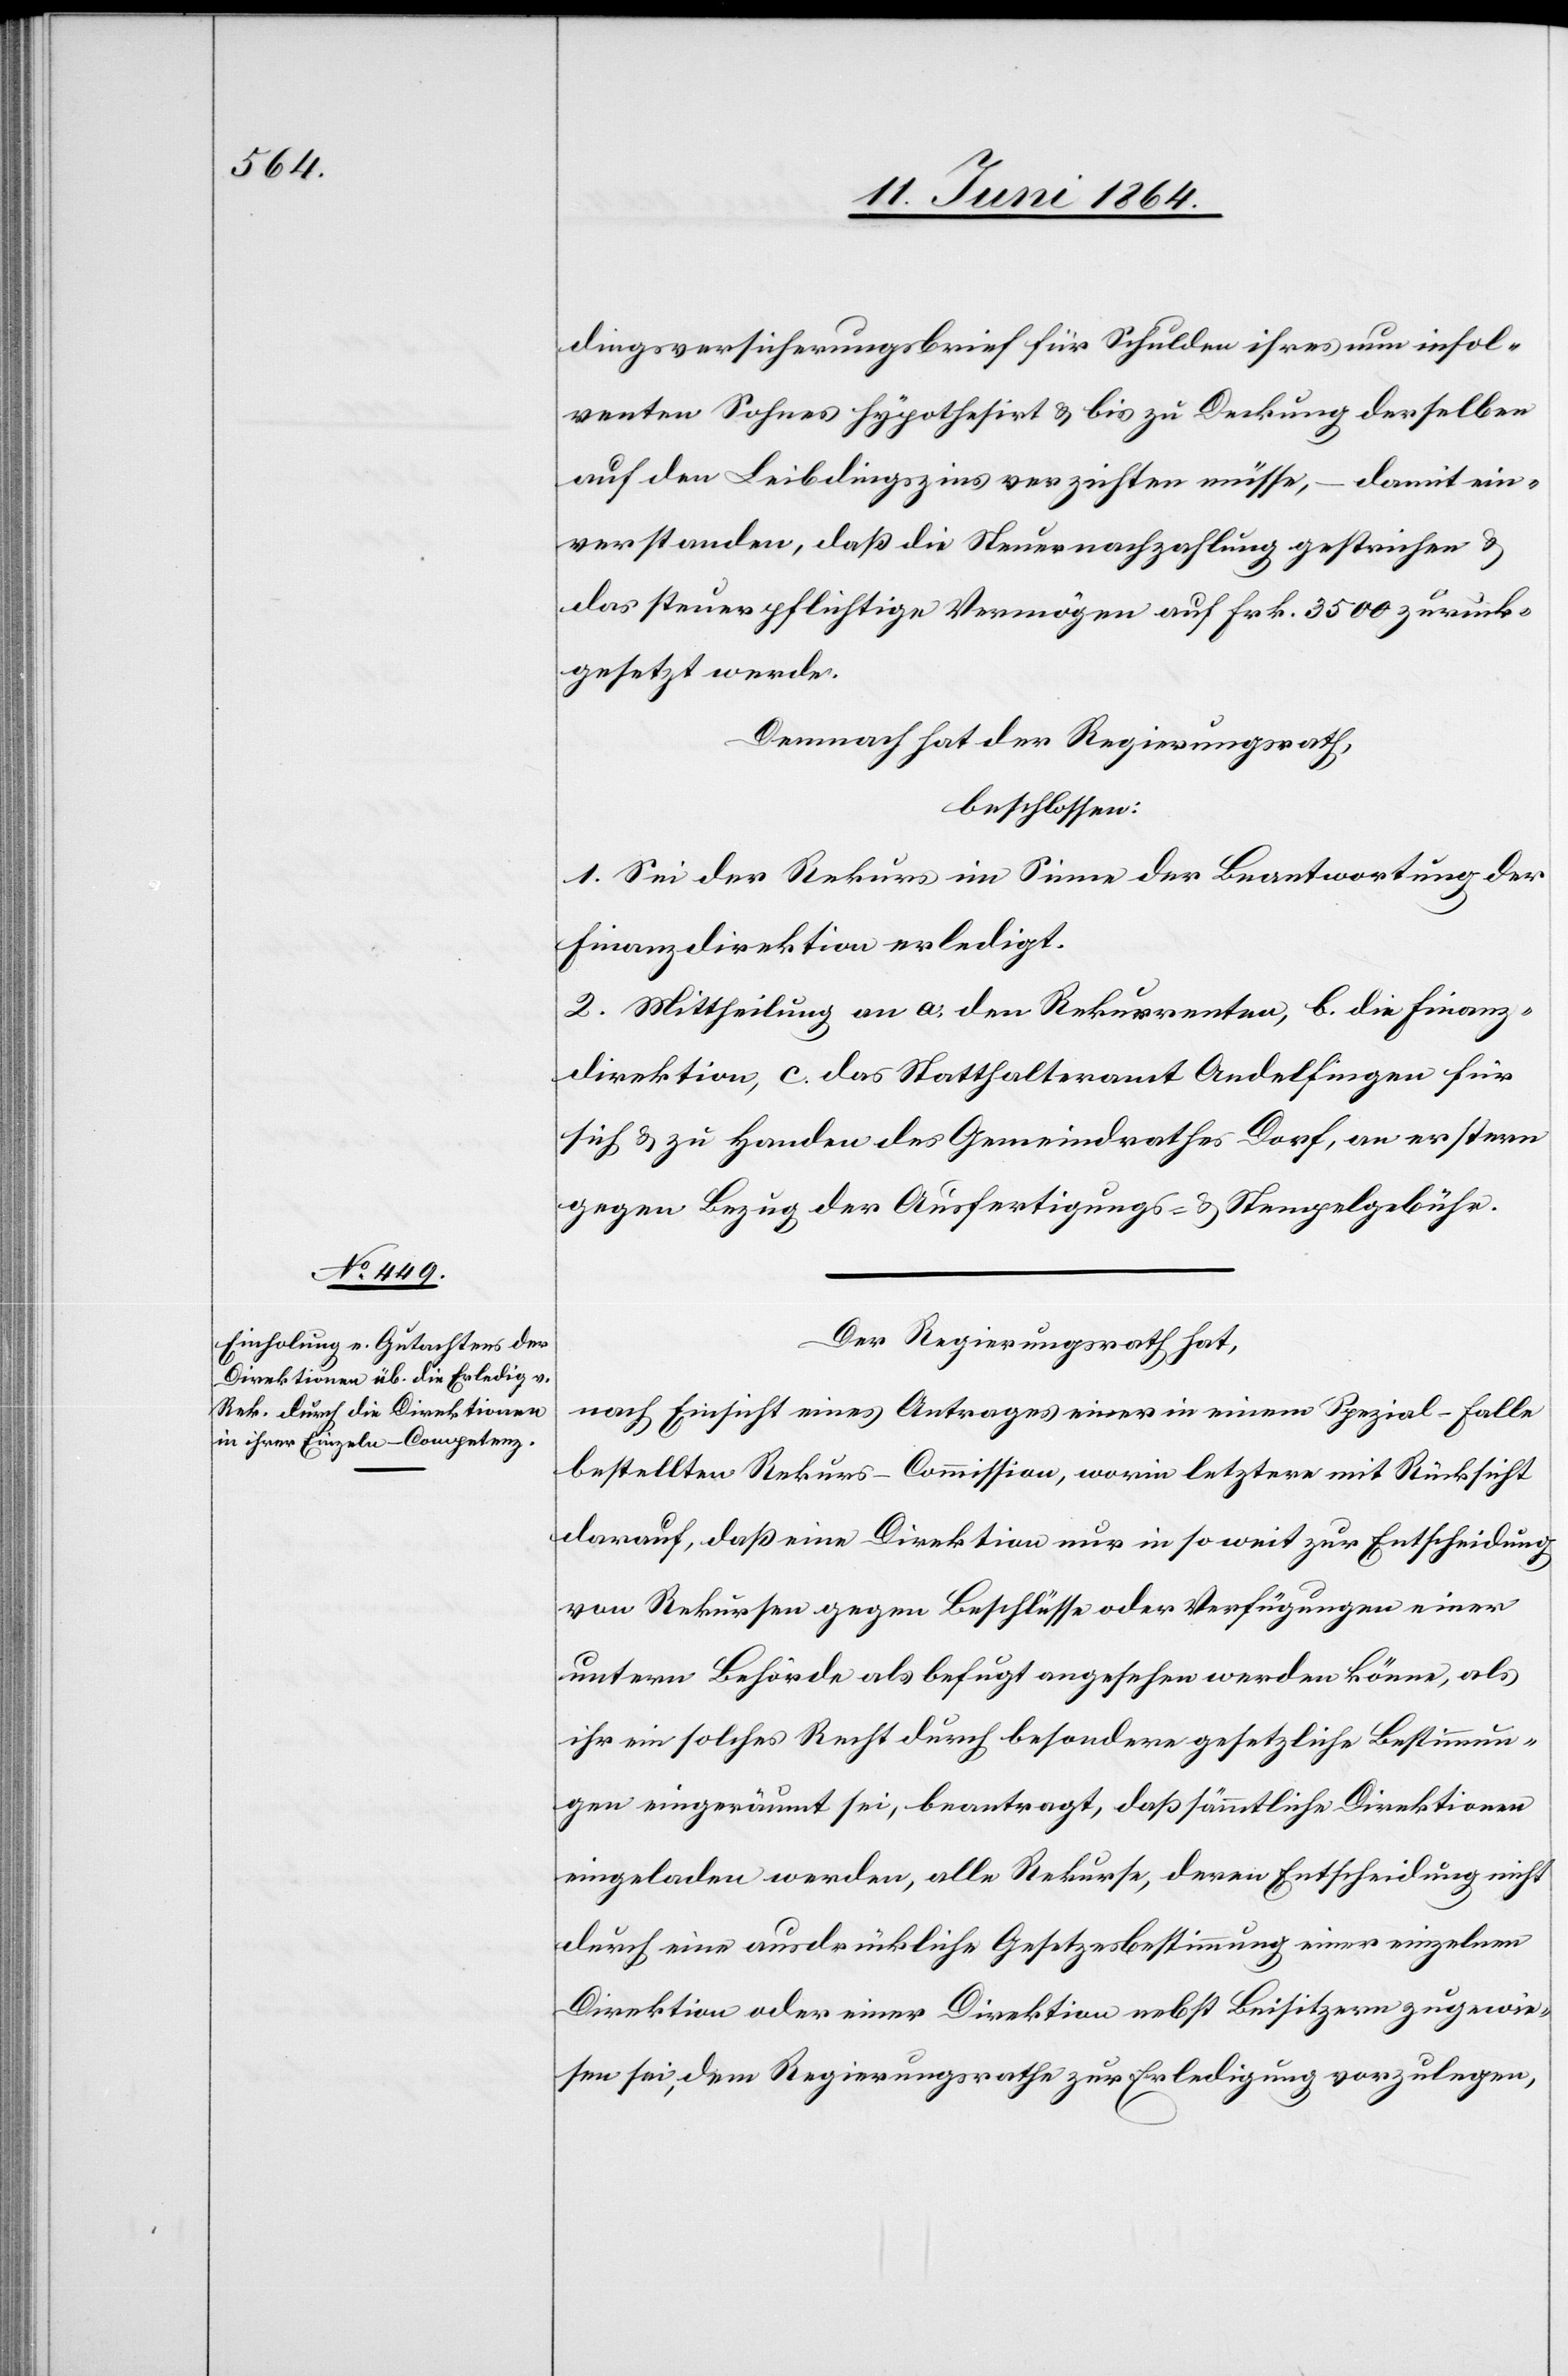
dingsversicherungsbrief für Schulden ihres nun insol¬
venten Sohnes hypothesirt u. bis zur Deckung derselben
auf den Leibdingszins verzichten müsse, – damit ein¬
verstanden, daß die Steuernachzahlung gestrichen u.
das steuerpflichtige Vermögen auf Frk. 3500 zurück¬
gesetzt werde.
Demnach hat der Regierungsrath,
beschlossen:
1. Sei der Rekurs im Sinne der Beantwortung der
Finanzdirektion erledigt.
2. Mittheilung an a. den Rekurrenten, b. die Finanz¬
direktion, c. das Statthalteramt Andelfingen für
sich u. zu Handen des Gemeindrathes Dorf, an erstern
gegen Bezug der Ausfertigungs- u. Stempelgebühr.
Der Regierungsrath hat,
nach Einsicht eines Antrages einer in einem Spezial-Falle
bestellten Rekurs-Commission, worin letztere mit Rücksicht
darauf, daß eine Direktion nur in so weit zur Entscheidung
von Rekursen gegen Beschlüsse oder Verfügungen einer
untern Behörde als befugt angesehen werden könne, als
ihr ein solches Recht durch besondere gesetzliche Bestimmun¬
gen eingeräumt sei, beantragt, daß sämmtliche Direktionen
eingeladen werden, alle Rekurse, deren Entscheidung nicht
durch eine ausdrückliche Gesetzesbestimmung einer einzelnen
Direktion oder einer Direktion nebst Beisitzern zugewie¬
sen sei, dem Regierungsrathe zur Erledigung vorzulegen,